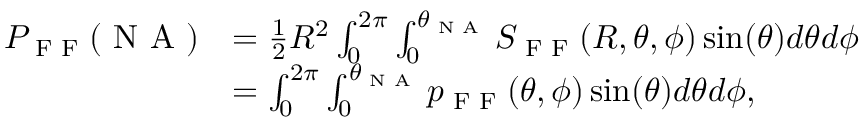
\begin{array} { r l } { P _ { \textrm { F F } } ( \textrm { N A } ) } & { = \frac { 1 } { 2 } R ^ { 2 } \int _ { 0 } ^ { 2 \pi } \int _ { 0 } ^ { \theta _ { \textrm { N A } } } S _ { \textrm { F F } } ( R , \theta , \phi ) \sin ( \theta ) d \theta d \phi } \\ & { = \int _ { 0 } ^ { 2 \pi } \int _ { 0 } ^ { \theta _ { \textrm { N A } } } p _ { \textrm { F F } } ( \theta , \phi ) \sin ( \theta ) d \theta d \phi , } \end{array}